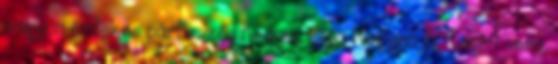
nagyon érdekes párbeszéd Kedves Olga Nagyon jól megírt vers.